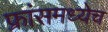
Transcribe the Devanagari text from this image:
फ्रांसमध्येच